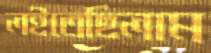
লইতেছিলাম